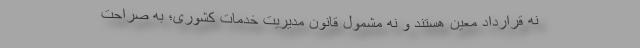
نه قرارداد معین هستند و نه مشمول قانون مدیریت خدمات کشوری؛ به صراحت